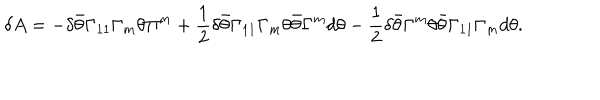
\delta A = - \delta \bar { \theta } \Gamma _ { 1 1 } \Gamma _ { m } \theta \Pi ^ { m } + { \frac { 1 } { 2 } } \delta \bar { \theta } \Gamma _ { 1 1 } \Gamma _ { m } \theta \bar { \theta } \Gamma ^ { m } d \theta - { \frac { 1 } { 2 } } \delta \bar { \theta } \Gamma ^ { m } \theta \bar { \theta } \Gamma _ { 1 1 } \Gamma _ { m } d \theta .